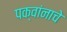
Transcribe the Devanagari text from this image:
पक्वांनाचे